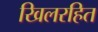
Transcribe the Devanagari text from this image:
खिलरहित